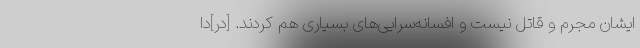
ایشان مجرم و قاتل نیست و افسانه‌سرایی‌های بسیاری هم کردند. [در]دا